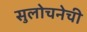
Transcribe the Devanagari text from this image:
सुलोचनेची